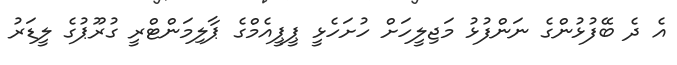
އެ ދެ ބޭފުޅުންގެ ނަންފުޅު މަޖިލީހަށް ހުށަހެޅީ ޕީޕީއެމްގެ ޕާލިމަންޓްރީ ގުރޫޕުގެ ލީޑަރު